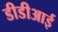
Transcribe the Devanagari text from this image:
डीडीआई